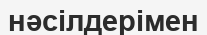
нәсілдерімен